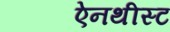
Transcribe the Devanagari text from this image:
ऐनथीस्ट